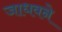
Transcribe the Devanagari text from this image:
जाधवने